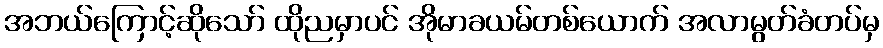
အဘယ်ကြောင့်ဆိုသော် ထိုညမှာပင် အိုမာခယမ်တစ်ယောက် အလာမွတ်ခံတပ်မှ